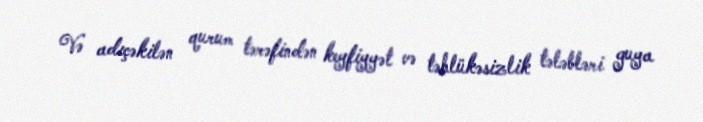
Və adıçəkilən qurum tərəfindən keyfiyyət və təhlükəsizlik tələbləri guya